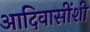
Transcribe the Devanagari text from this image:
आदिवासींशी